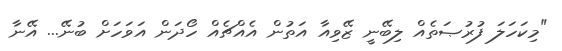
"މިކަހަލަ ފުރުޞަތެއް ލިބޭނީ ޒޭވިއާ އަތުން އެއްޗެއް ހޯދަން އަވަހަށް ބުނޭ... އޭނާ